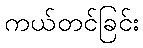
ကယ်တင်ခြင်း